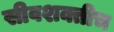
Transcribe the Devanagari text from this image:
सीवशक्तीच